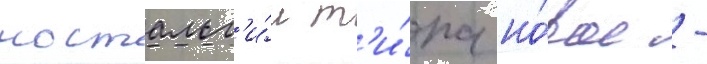
ностальг'и́и т'и́па но́вое -